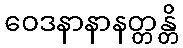
ဝေဒနာနာနတ္တန္တိ